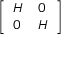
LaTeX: \left[ \begin{array} { l l } { H } & { 0 } \\ { 0 } & { H } \end{array} \right]